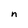
Character: n